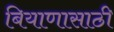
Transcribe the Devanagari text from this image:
बियाणासाठी